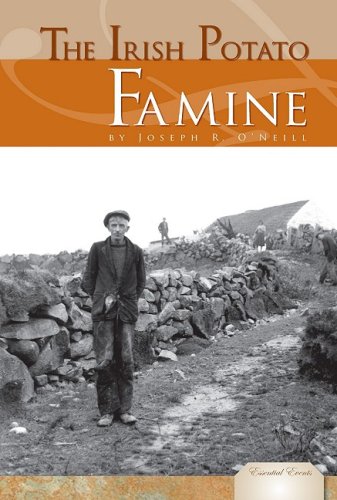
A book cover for The Irish Potato Famine (Essential Events (ABDO)); Joseph R. O'Neill; Teen & Young Adult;